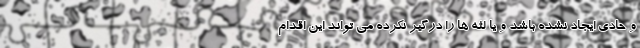
و حادی ایجاد نشده باشد و یا لثه ها را درگیر نکرده می تواند این اقدام